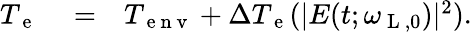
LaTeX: \begin{array}{rlr}{T_{\mathrm{~e~}}}&{{}=}&{T_{\mathrm{~e~n~v~}}+\Delta T_{\mathrm{~e~}}(|E(t;\omega_{\mathrm{~L~},0})|^{2}).}\end{array}